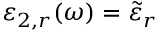
\varepsilon _ { 2 , r } ( \omega ) = \tilde { \varepsilon } _ { r }